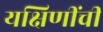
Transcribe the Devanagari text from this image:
यक्षिणींची